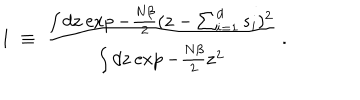
1 \; \equiv \; { \frac { \int d { \bf z } \exp - { \frac { N \beta } { 2 } } ( { \bf z } - \sum _ { i = 1 } ^ { d } { \bf s } _ { i } ) ^ { 2 } } { \int d { \bf z } \exp - { \frac { N \beta } { 2 } } { \bf z } ^ { 2 } } } \; .